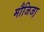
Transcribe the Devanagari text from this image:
मौजिजा़